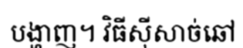
បង្ហាញ។ វិធីស៊ីសាច់ឆៅ